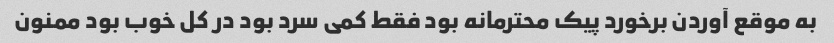
به موقع آوردن برخورد پیک محترمانه بود فقط کمی سرد بود در کل خوب بود ممنون